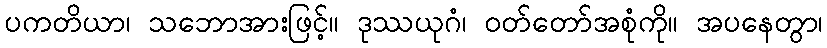
ပကတိယာ၊ သဘောအားဖြင့်။ ဒုဿယုဂံ၊ ဝတ်တော်အစုံကို။ အပနေတွာ၊